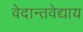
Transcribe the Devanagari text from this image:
वेदान्तवेद्याय